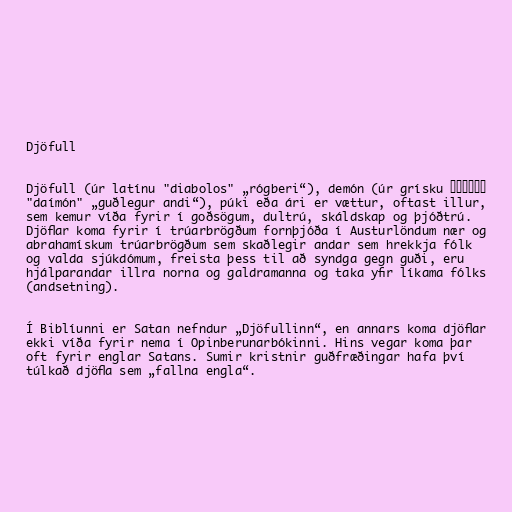
Djöfull

Djöfull (úr latínu "diabolos" „rógberi“), demón (úr grísku δαίμων
"daímón" „guðlegur andi“), púki eða ári er vættur, oftast illur,
sem kemur víða fyrir í goðsögum, dultrú, skáldskap og þjóðtrú.
Djöflar koma fyrir í trúarbrögðum fornþjóða í Austurlöndum nær og
abrahamískum trúarbrögðum sem skaðlegir andar sem hrekkja fólk
og valda sjúkdómum, freista þess til að syndga gegn guði, eru
hjálparandar illra norna og galdramanna og taka yfir líkama fólks
(andsetning).

Í Biblíunni er Satan nefndur „Djöfullinn“, en annars koma djöflar
ekki víða fyrir nema í Opinberunarbókinni. Hins vegar koma þar
oft fyrir englar Satans. Sumir kristnir guðfræðingar hafa því
túlkað djöfla sem „fallna engla“.